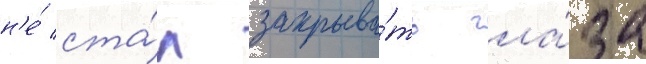
н'е́ ста́л закрыва́ть гла́за